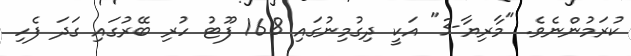
ކުރަމުންނެވެ. "މާރިޔާ-3" އަކީ ދިގުމިނުގައި 168 ފޫޓު ހުރި ބޭރުގައި ގަދަ ފެހި